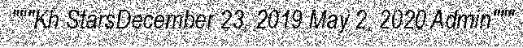
"""Kh StarsDecember 23, 2019 May 2, 2020 Admin"""